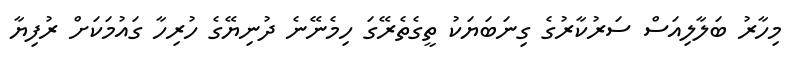
މިހާރު ބަލާލިއަސް ސަރުކާރުގެ ގިނަބަޔަކު ތީގެތެރޭގަ ހިމެނޭނެ ދުނިޔޭގެ ހުރިހާ ގައުމަކަށް ރުފިޔާ